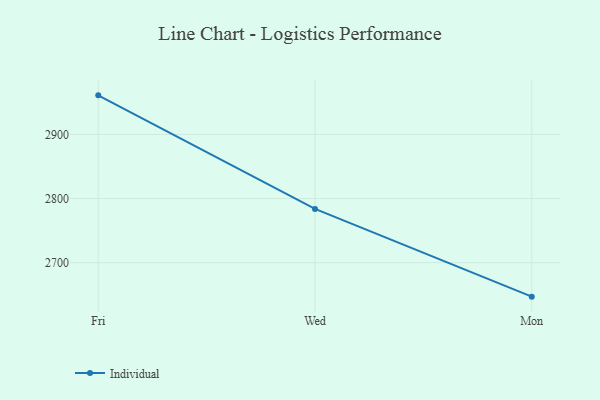
{"axis": {"x": "Day", "y": "Shipments"}, "legend": ["Individual"], "data": [{"x": "Fri", "y": 2961.0, "type": "Individual"}, {"x": "Wed", "y": 2783.9, "type": "Individual"}, {"x": "Mon", "y": 2647.0, "type": "Individual"}]}